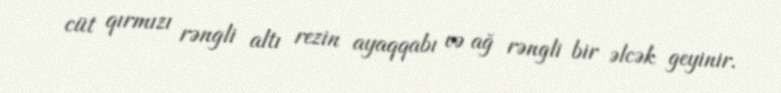
cüt qırmızı rəngli altı rezin ayaqqabı və ağ rəngli bir əlcək geyinir.